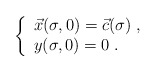
\begin{align*}\left\{ \begin{array}{l}\vec{x}(\sigma ,0)=\vec{c}(\sigma )\; ,\\y(\sigma ,0)=0\; .\end{array}\right.\end{align*}